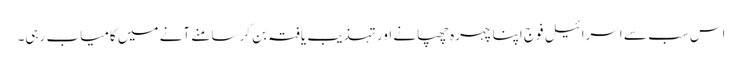
اس سب سے اسرائیل فوج اپنا چہرہ چھپانے اور تہذیب یافتہ بن کر سامنے آنے میں کامیاب رہی۔